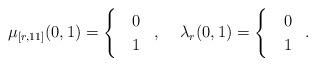
LaTeX: \begin{align*}\mu_{[r,11]}(0,1)=\begin{cases}& 0\;\;\\& 1\;\;\\\end{cases} ,\;\;\;\;\lambda_r(0,1)=\begin{cases}& 0\;\; \\& 1\;\; \end{cases}.\end{align*}